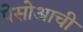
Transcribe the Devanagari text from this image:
पेसोआची